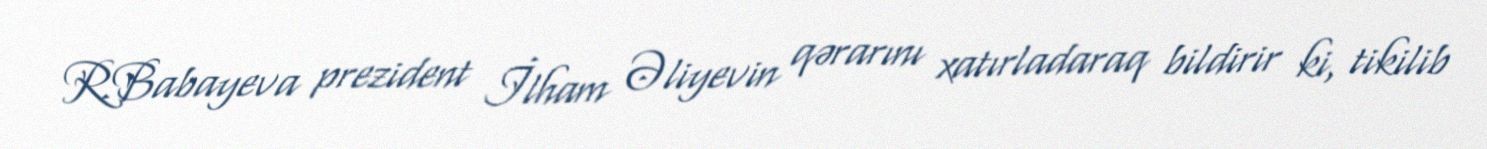
R.Babayeva prezident İlham Əliyevin qərarını xatırladaraq bildirir ki, tikilib